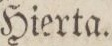
Hierta.